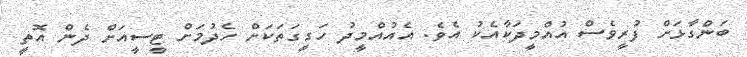
ބަންގާޅަށް ފުރީވެސް އުއްމީދަކާއެކު އެވެ. އެއުއްމީދު ހަގީގަތަކަށް ހެދުމަށް ޓީސީއަށް ދެން އޮތީ